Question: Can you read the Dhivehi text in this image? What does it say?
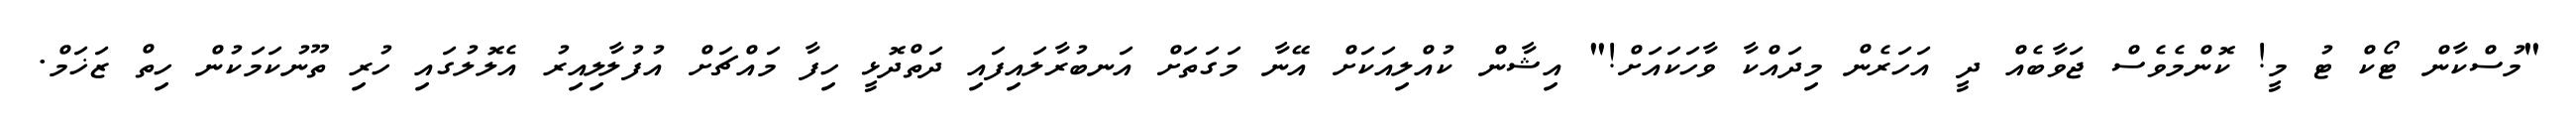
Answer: "މުސްކާން ޓޯކް ޓު މީ! ކޮންމެވެސް ޖަވާބެއް ދީ އަހަރެން މިދައްކާ ވާހަކައަށް!" އިޝާން ކުއްލިއަކަށް އޭނާ މަގަތަށް އަނބުރާލައިފައި ދަތްދޮޅީ ހިފާ މައްޗަށް އުފުލާލިއިރު އެލޮލުގައި ހުރި ތޫނުކަމަކުން ހިތް ޒަޚަމް.